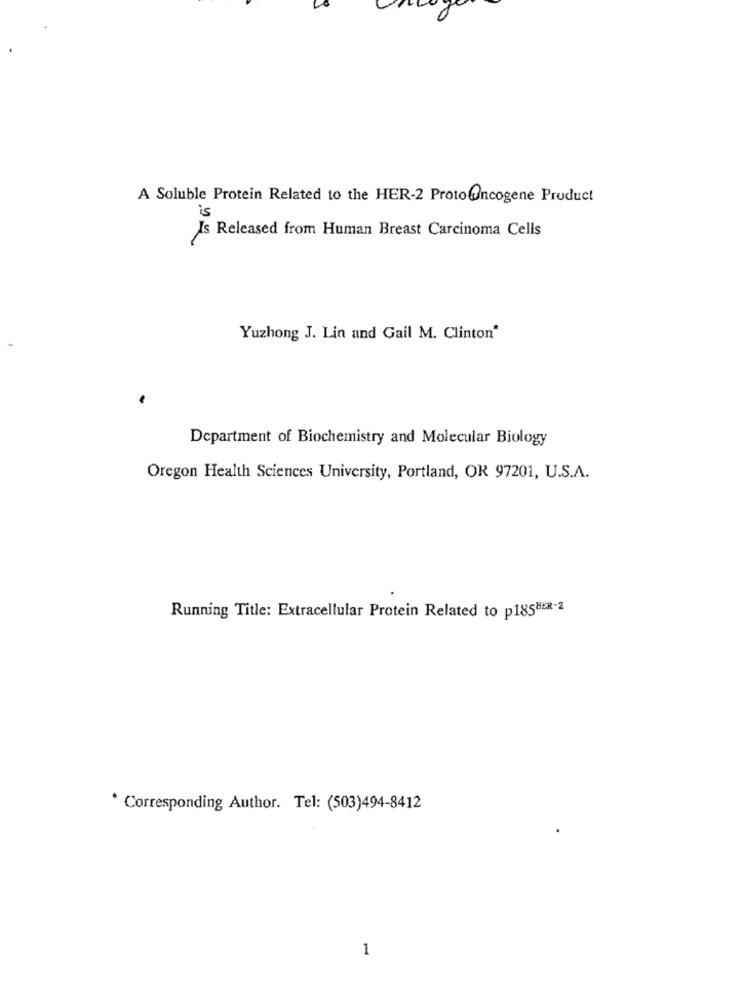
A Soluble Protein Related to the HER-2 ProtoOncogene Product
Is Released from Human Breast Carcinoma Cells
Yuzhong J. Lin and Gail M. Clinton*
Department of Biochemistry and Molecular Biology
Oregon Health Sciences University, Portland, OR 97201, U.S.A.
Running Title: Extracellular Protein Related to p185HER-2
* Corresponding Author. Tel: (503)494-8412
1